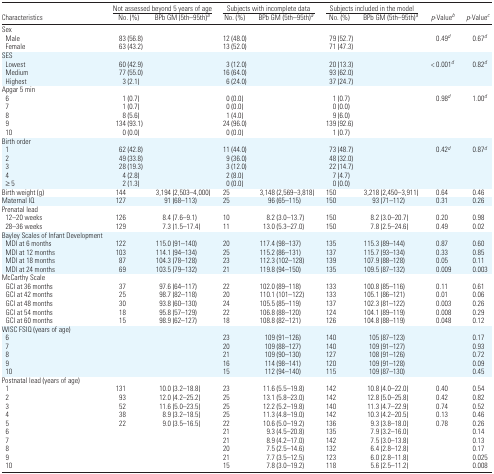
<table><thead><tr><td></td><td colspan="2"><b>Not assessed beyond 5 years of age</b></td><td colspan="2"><b>Subjects with incomplete data</b></td><td colspan="2"><b>Subjects included in the model</b></td><td></td><td></td></tr><tr><td><b>Characteristics</b></td><td><b>No. (%)</b></td><td><b>BPb GM (5th–95th)a</b></td><td><b>No. (%)</b></td><td><b>BPb GM (5th–95th)a</b></td><td><b>No. (%)</b></td><td><b>BPb GM (5th–95th)a</b></td><td><b><i>p</i>-Valueb</b></td><td><b><i>p</i>-Valuec</b></td></tr></thead><tbody><tr><td colspan="9">Sex</td></tr><tr><td> Male</td><td>83 (56.8)</td><td></td><td>12 (48.0)</td><td></td><td>79 (52.7)</td><td></td><td>0.49d</td><td>0.67d</td></tr><tr><td> Female</td><td>63 (43.2)</td><td></td><td>13 (52.0)</td><td></td><td>71 (47.3)</td><td></td><td></td><td></td></tr><tr><td colspan="9">SES</td></tr><tr><td> Lowest</td><td>60 (42.9)</td><td></td><td>3 (12.0)</td><td></td><td>20 (13.3)</td><td></td><td>&lt; 0.001d</td><td>0.82d</td></tr><tr><td> Medium</td><td>77 (55.0)</td><td></td><td>16 (64.0)</td><td></td><td>93 (62.0)</td><td></td><td></td><td></td></tr><tr><td> Highest</td><td>3 (2.1)</td><td></td><td>6 (24.0)</td><td></td><td>37 (24.7)</td><td></td><td></td><td></td></tr><tr><td colspan="9">Apgar 5 min</td></tr><tr><td> 6</td><td>1 (0.7)</td><td></td><td>0 (0.0)</td><td></td><td>1 (0.7)</td><td></td><td>0.98d</td><td>1.00d</td></tr><tr><td> 7</td><td>1 (0.7)</td><td></td><td>0 (0.0)</td><td></td><td>0 (0.0)</td><td></td><td></td><td></td></tr><tr><td> 8</td><td>8 (5.6)</td><td></td><td>1 (4.0)</td><td></td><td>9 (6.0)</td><td></td><td></td><td></td></tr><tr><td> 9</td><td>134 (93.1)</td><td></td><td>24 (96.0)</td><td></td><td>139 (92.6)</td><td></td><td></td><td></td></tr><tr><td> 10</td><td>0 (0.0)</td><td></td><td>0 (0.0)</td><td></td><td>1 (0.7)</td><td></td><td></td><td></td></tr><tr><td colspan="9">Birth order</td></tr><tr><td> 1</td><td>62 (42.8)</td><td></td><td>11 (44.0)</td><td></td><td>73 (48.7)</td><td></td><td>0.42d</td><td>0.87d</td></tr><tr><td> 2</td><td>49 (33.8)</td><td></td><td>9 (36.0)</td><td></td><td>48 (32.0)</td><td></td><td></td><td></td></tr><tr><td> 3</td><td>28 (19.3)</td><td></td><td>3 (12.0)</td><td></td><td>22 (14.7)</td><td></td><td></td><td></td></tr><tr><td> 4</td><td>4 (2.8)</td><td></td><td>2 (8.0)</td><td></td><td>7 (4.7)</td><td></td><td></td><td></td></tr><tr><td> ≥ 5</td><td>2 (1.3)</td><td></td><td>0 (0.0)</td><td></td><td>0 (0.0)</td><td></td><td></td><td></td></tr><tr><td>Birth weight (g)</td><td>144</td><td>3,194 (2,503–4,000)</td><td>25</td><td>3,148 (2,569–3,818)</td><td>150</td><td>3,218 (2,450–3,911)</td><td>0.64</td><td>0.46</td></tr><tr><td>Maternal IQ</td><td>127</td><td>91 (68–113)</td><td>25</td><td>96 (65–115)</td><td>150</td><td>93 (71–112)</td><td>0.31</td><td>0.26</td></tr><tr><td colspan="9">Prenatal lead</td></tr><tr><td> 12–20 weeks</td><td>126</td><td>8.4 (7.6–9.1)</td><td>10</td><td>8.2 (3.0–13.7)</td><td>150</td><td>8.2 (3.0–20.7)</td><td>0.20</td><td>0.98</td></tr><tr><td> 28–36 weeks</td><td>129</td><td>7.3 (1.5–17.4)</td><td>11</td><td>13.0 (5.3–27.0)</td><td>150</td><td>7.8 (2.5–24.6)</td><td>0.49</td><td>0.02</td></tr><tr><td colspan="9">Bayley Scales of Infant Development</td></tr><tr><td> MDI at 6 months</td><td>122</td><td>115.0 (91–140)</td><td>20</td><td>117.4 (98–137)</td><td>135</td><td>115.3 (89–144)</td><td>0.87</td><td>0.60</td></tr><tr><td> MDI at 12 months</td><td>103</td><td>114.1 (94–134)</td><td>25</td><td>115.2 (86–131)</td><td>137</td><td>115.7 (93–134)</td><td>0.33</td><td>0.85</td></tr><tr><td> MDI at 18 months</td><td>87</td><td>104.3 (78–128)</td><td>23</td><td>112.3 (102–128)</td><td>139</td><td>107.9 (88–128)</td><td>0.05</td><td>0.11</td></tr><tr><td> MDI at 24 months</td><td>69</td><td>103.5 (79–132)</td><td>21</td><td>119.8 (94–150)</td><td>135</td><td>109.5 (87–132)</td><td>0.009</td><td>0.003</td></tr><tr><td colspan="9">McCarthy Scale</td></tr><tr><td> GCI at 36 months</td><td>37</td><td>97.6 (64–117)</td><td>22</td><td>102.0 (89–118)</td><td>133</td><td>100.8 (85–116)</td><td>0.11</td><td>0.61</td></tr><tr><td> GCI at 42 months</td><td>25</td><td>98.7 (82–118)</td><td>20</td><td>110.1 (101–122)</td><td>133</td><td>105.1 (86–121)</td><td>0.01</td><td>0.06</td></tr><tr><td> GCI at 48 months</td><td>30</td><td>93.8 (60–130)</td><td>24</td><td>105.5 (85–119)</td><td>137</td><td>102.3 (81–122)</td><td>0.003</td><td>0.26</td></tr><tr><td> GCI at 54 months</td><td>18</td><td>95.8 (57–129)</td><td>22</td><td>106.8 (88–120)</td><td>124</td><td>104.1 (89–119)</td><td>0.008</td><td>0.29</td></tr><tr><td> GCI at 60 months</td><td>15</td><td>98.9 (62–127)</td><td>18</td><td>108.8 (82–121)</td><td>126</td><td>104.8 (88–119)</td><td>0.048</td><td>0.12</td></tr><tr><td colspan="9">WISC FSIQ (years of age)</td></tr><tr><td> 6</td><td></td><td></td><td>23</td><td>109 (91–126)</td><td>140</td><td>105 (87–123)</td><td></td><td>0.17</td></tr><tr><td> 7</td><td></td><td></td><td>20</td><td>109 (88–127)</td><td>140</td><td>109 (91–127)</td><td></td><td>0.93</td></tr><tr><td> 8</td><td></td><td></td><td>21</td><td>109 (90–130)</td><td>127</td><td>108 (91–126)</td><td></td><td>0.72</td></tr><tr><td> 9</td><td></td><td></td><td>16</td><td>114 (98–141)</td><td>120</td><td>109 (91–128)</td><td></td><td>0.09</td></tr><tr><td> 10</td><td></td><td></td><td>15</td><td>112 (94–140)</td><td>115</td><td>109 (87–130)</td><td></td><td>0.45</td></tr><tr><td colspan="9">Postnatal lead (years of age)</td></tr><tr><td> 1</td><td>131</td><td>10.0 (3.2–18.8)</td><td>23</td><td>11.6 (5.5–19.8)</td><td>142</td><td>10.8 (4.0–22.0)</td><td>0.40</td><td>0.54</td></tr><tr><td> 2</td><td>93</td><td>12.0 (4.2–25.2)</td><td>25</td><td>13.1 (5.8–23.0)</td><td>142</td><td>12.8 (5.0–25.8)</td><td>0.42</td><td>0.82</td></tr><tr><td> 3</td><td>52</td><td>11.6 (5.0–23.5)</td><td>25</td><td>12.2 (5.2–19.8)</td><td>140</td><td>11.3 (4.7–22.9)</td><td>0.74</td><td>0.52</td></tr><tr><td> 4</td><td>38</td><td>8.9 (3.2–18.5)</td><td>25</td><td>11.3 (4.8–19.0)</td><td>142</td><td>10.3 (4.2–20.5)</td><td>0.13</td><td>0.46</td></tr><tr><td> 5</td><td>22</td><td>9.0 (3.5–16.5)</td><td>22</td><td>10.6 (5.0–19.2)</td><td>136</td><td>9.3 (3.8–18.0)</td><td>0.78</td><td>0.26</td></tr><tr><td> 6</td><td></td><td></td><td>21</td><td>9.3 (4.5–20.8)</td><td>135</td><td>7.9 (3.2–16.0)</td><td></td><td>0.14</td></tr><tr><td> 7</td><td></td><td></td><td>21</td><td>8.9 (4.2–17.0)</td><td>142</td><td>7.5 (3.0–13.8)</td><td></td><td>0.13</td></tr><tr><td> 8</td><td></td><td></td><td>20</td><td>7.5 (2.5–14.6)</td><td>132</td><td>6.4 (2.8–12.8)</td><td></td><td>0.17</td></tr><tr><td> 9</td><td></td><td></td><td>21</td><td>7.7 (3.5–12.5)</td><td>123</td><td>6.0 (2.8–11.8)</td><td></td><td>0.025</td></tr><tr><td> 10</td><td></td><td></td><td>15</td><td>7.8 (3.0–19.2)</td><td>118</td><td>5.6 (2.5–11.2)</td><td></td><td>0.008</td></tr></tbody></table>